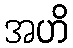
အဟိ